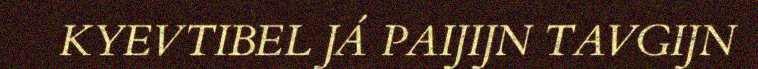
KYEVTIBEL JÁ PAIJIJN TAVGIJN